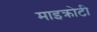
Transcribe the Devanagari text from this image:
माइक्रोटी